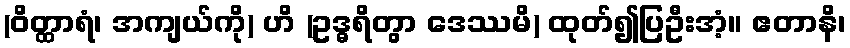
(ဝိတ္ထာရံ၊ အကျယ်ကို) ဟိ (ဥဒ္ဓရိတွာ ဒေဿမိ) ထုတ်၍ပြဦးအံ့။ ဧတာနိ၊